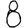
Digit: 8